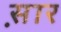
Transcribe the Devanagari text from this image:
स़ार